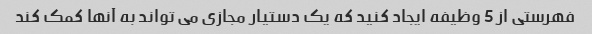
فهرستی از 5 وظیفه ایجاد کنید که یک دستیار مجازی می تواند به آنها کمک کند